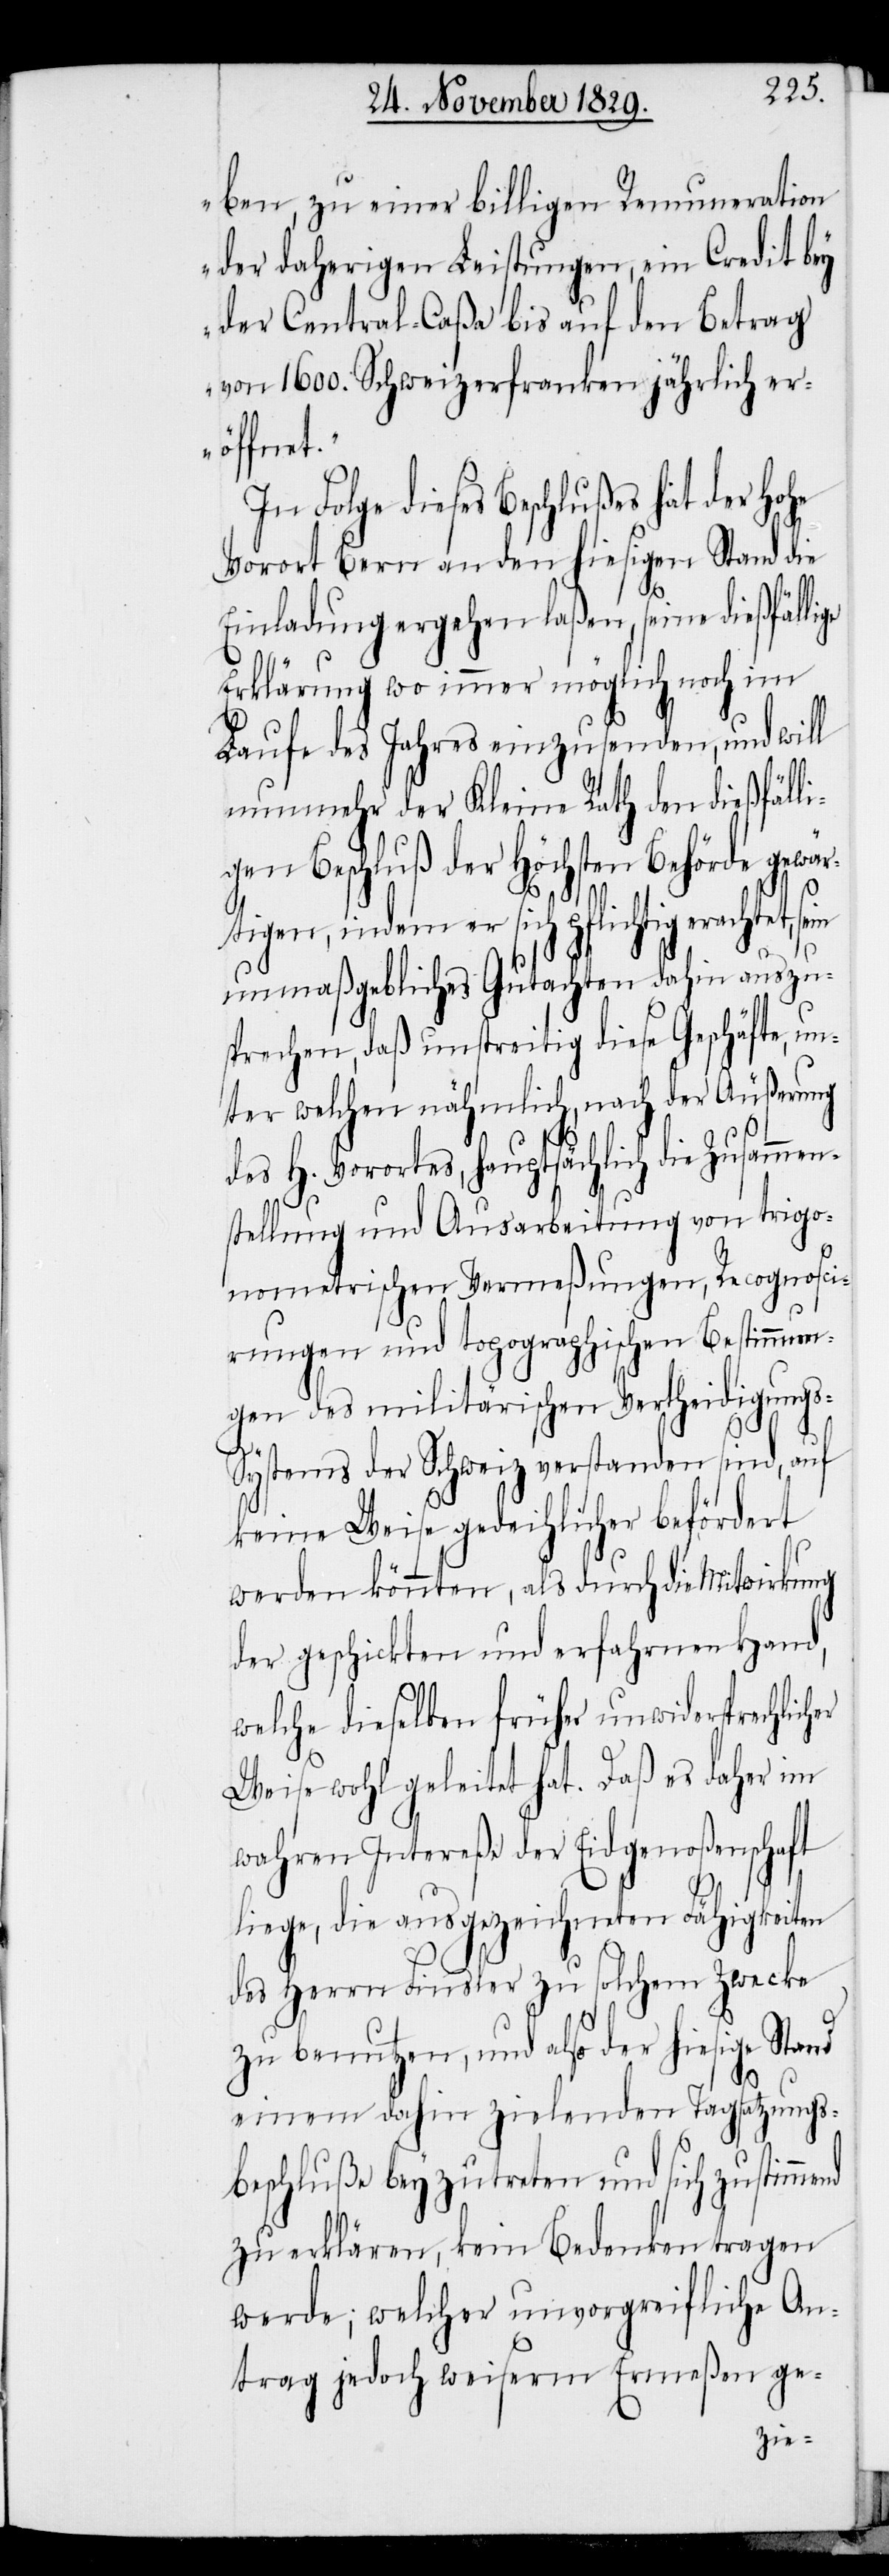
ben, zu einer billigen Remuneration
der daherigen Leistungen, ein Credit bey
der Central-Caßa bis auf den Betrag
von 1600. Schweizerfranken jährlich er¬
öffnet.“
In Folge dieses Beschlußes hat der Hohe
ge
Vorort Bern an den hiesigen Stand die
Einladung ergehen laßen, seine dießfälli¬
Erklärung wo immer möglich noch im
Laufe des Jahres einzusenden, und will
nunmehr der Kleine Rath den dießfälli¬
gen Beschluß der höchsten Behörde gewär¬
tigen, indem er sich pflichtig erachtet, s¬
er
ein unmaßgebliches Gutachten dahin auszu¬
sprechen, daß unstreitig diese Geschäfte, un¬
ter welchen nähmlich, nach der Äußerung
des H. Vorortes, hauptsächlich die Zusamm¬
stellung und Ausarbeitung von trigo¬
nometrischen Vermeßungen, Recognosci¬
rungen und topographischen Bestimmun¬
gen des militärischen Vertheidigung¬
s-Systems der Schweiz verstanden sind, auf
keine Weise gedeihlicher befördert
werden könnten, als durch die Mitwirkung
der geschickten und erfahrnen Hand,
welche dieselben früher unwidersprechlich¬
Weise wohl geleitet hat. Daß es daher im
wahren Intereße der Eidgenoßenschaft
liege, die ausgezeichneten Fähigkeiten
des Herrn Finsler zu solchem Zwecke
zu benutzen, und also der hiesige Stand
einem dahin zielenden Tagsatzungs¬
beschluße beyzutreten und sich zustimmend
zu erklären, kein Bedenken tragen
werde; welcher unvorgreifliche An¬
trag jedoch weiserm Ermeßen ge-